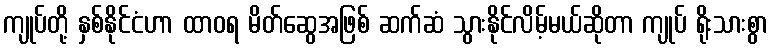
ကျုပ်တို့ နှစ်နိုင်ငံဟာ ထာဝရ မိတ်ဆွေအဖြစ် ဆက်ဆံ သွားနိုင်လိမ့်မယ်ဆိုတာ ကျုပ် ရိုးသားစွာ